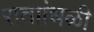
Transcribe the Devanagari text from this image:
राताांधळी